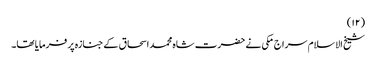
(۱۲)
شیخ الاسلام سراج مکی نے حضرت شاہ محمد اسحاق کے جنازہ پر فرمایا تھا۔